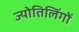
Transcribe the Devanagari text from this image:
ज्योतिलिंगों